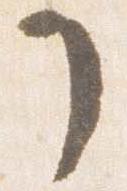
了